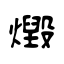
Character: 燬